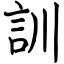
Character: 訓